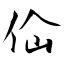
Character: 佡